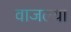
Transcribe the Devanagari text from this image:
वाजल्या